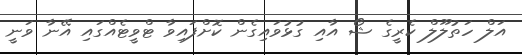
އަލް ހަތުލޫލް ކެރީގެ ޝޯ އާއި ގުޅުވައިގެން ކޮށްފައިވާ ޓްވީޓެއްގައި އޭނާ ވަނީ